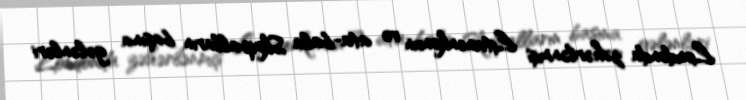
Londonda zəhərlənmiş Litvinenkonun və ata-bala Skripalların başına gələnləri